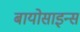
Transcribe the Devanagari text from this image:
बायोसाइन्स